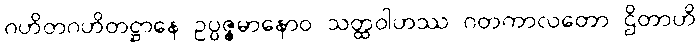
ဂဟိတဂဟိတဋ္ဌာနေ ဥပ္ပဇ္ဇမာနောဝ သတ္ထဝါဟဿ ဂတကာလတော ဌိတာဟိ